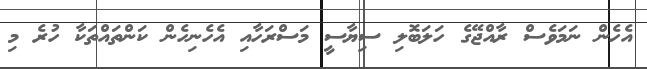
އެހެން ނަމަވެސް ރާއްޖޭގެ ހަލަބޮލި ސިޔާސީ މަސްރަހާއި އެހެނިހެން ކަންތައްތަކާ ހުރެ މި